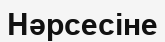
Нәрсесіне